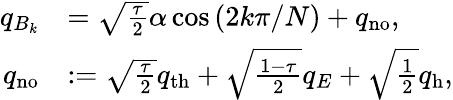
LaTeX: \begin{array}{rl}{q_{B_{k}}}&{=\sqrt{\frac{\tau}{2}}\alpha\cos\left(2k\pi/N\right)+q_{\mathrm{no}},}\\ {q_{\mathrm{no}}}&{:=\sqrt{\frac{\tau}{2}}q_{\mathrm{th}}+\sqrt{\frac{1-\tau}{2}}q_{E}+\sqrt{\frac{1}{2}}q_{\mathrm{h}},}\end{array}